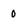
Character: 0